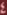
4